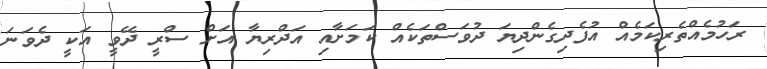
ރަހުމެއްތެރިކަމެއް އުފެދިގެންދިޔަ ދުވަސްތަކެއް ކަމަށާއި އަދްރިޔާ އަށް ސްރީ ދޭވީ އަކީ ދެވަނަ